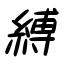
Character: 縛